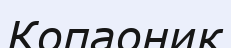
Копаоник